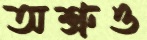
অশ্রুও